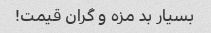
بسیار بد مزه و گران قیمت!